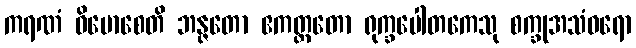
ကရဏံ ဝိမောစေတိ ဘန္ဇတော ဧကတ္တတော ရုက္ခပေါတကေသု စက္ခုအသံဝရော